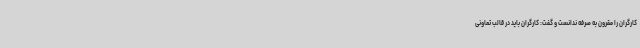
کارگران را مقرون به صرفه ندانست و گفت: کارگران باید در قالب تعاونی